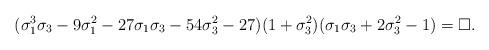
LaTeX: \begin{align*}(\sigma_1^3 \sigma_3-9 \sigma_1^2-27\sigma_1 \sigma_3-54\sigma_3^2-27)(1+\sigma_3^2)(\sigma_1 \sigma_3+2\sigma_3^2-1) = \Box.\end{align*}